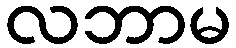
လဘာမ